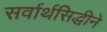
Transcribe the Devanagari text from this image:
सर्वार्थसिद्धीने